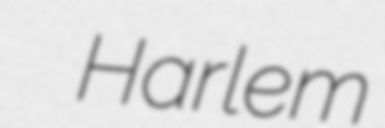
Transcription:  Harlem